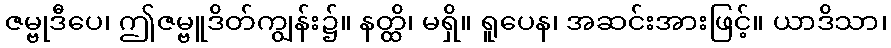
ဇမ္ဗုဒီပေ၊ ဤဇမ္ဗူဒိတ်ကျွန်း၌။ နတ္ထိ၊ မရှိ။ ရူပေန၊ အဆင်းအားဖြင့်။ ယာဒိသာ၊